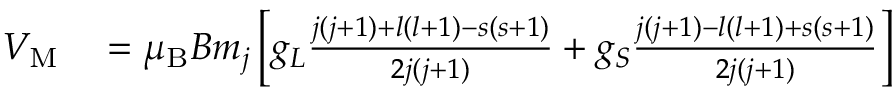
\begin{array} { r l } { V _ { \mathrm { { M } } } } & { { } = \mu _ { \mathrm { { B } } } B m _ { j } \left[ g _ { L } { \frac { j ( j + 1 ) + l ( l + 1 ) - s ( s + 1 ) } { 2 j ( j + 1 ) } } + g _ { S } { \frac { j ( j + 1 ) - l ( l + 1 ) + s ( s + 1 ) } { 2 j ( j + 1 ) } } \right] } \end{array}